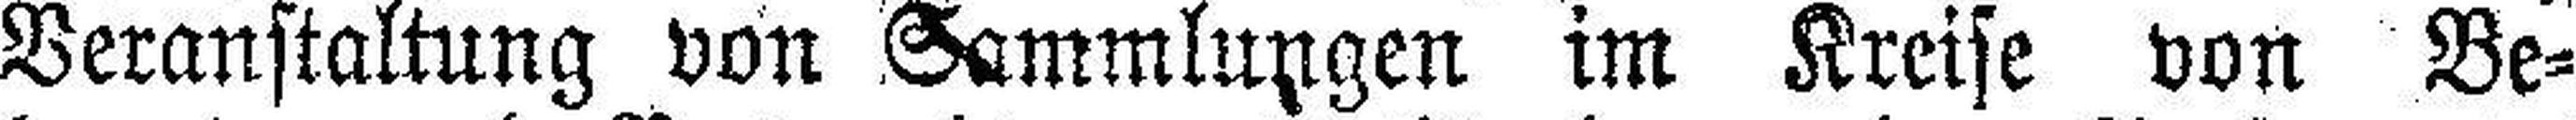
Veranstaltung von Sammlungen im Kreise von Be¬